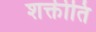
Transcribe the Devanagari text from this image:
शक्तीति